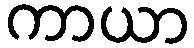
ကာယာ